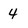
Character: 4